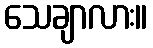
သေချာလား။